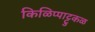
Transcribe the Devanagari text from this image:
किळिप्पाट्टुकळ